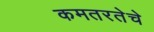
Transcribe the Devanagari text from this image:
कमतरतेचे